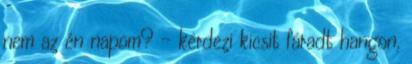
nem az én napom? - kérdezi kicsit fáradt hangon,